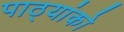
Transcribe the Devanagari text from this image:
पाठ्यांको